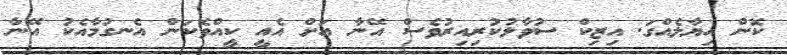
ކޮން ހިޔާލެއްގަ. އިޒިކް ސުވާލުކުރިއިރުވެސް އޭނާ އަށް އެއީ ކީއްވެކަން އެނގުމާއެކު އޭނާ